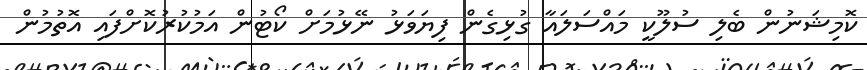
ކޮމިޝަނުން ބެލި ސުލޫކީ މައްސަލައާ ގުޅިގެން ފިޔަވަޅު ނޭޅުމަށް ކޯޓުން އަމުކުރުކޮށްފައި އޮތުމުން